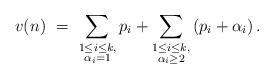
LaTeX: \begin{align*} v(n) \ =\ \sum_{\substack{1\leq i\leq k,\\ \alpha_i = 1}}p_i + \sum_{\substack{1\leq i\leq k,\\ \alpha_i \geq 2}} \left(p_i +\alpha_i\right).\end{align*}